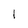
Character: 1